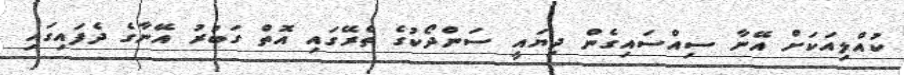
ކުއްލިއަކަށް އޭނާ ސިއްސައިގެން ދިޔައީ ސަންދޯކުގެ ތެރޭގައި އޮތް ގަބުރު އޭނާގެ ދެފައިގައި